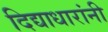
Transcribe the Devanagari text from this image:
दिद्याधारांनी